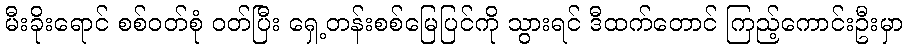
မီးခိုးရောင် စစ်ဝတ်စုံ ဝတ်ပြီး ရှေ့တန်းစစ်မြေပြင်ကို သွားရင် ဒီထက်တောင် ကြည့်ကောင်းဦးမှာ